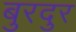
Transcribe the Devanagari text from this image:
बुरदुर